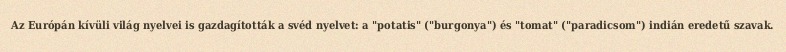
Az Európán kívüli világ nyelvei is gazdagították a svéd nyelvet: a "potatis" ("burgonya") és "tomat" ("paradicsom") indián eredetű szavak.